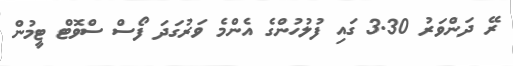
ރޭ ދަންވަރު 3.30 ގައި ފުލުހުންގެ އެންމެ ވަރުގަދަ ފޯސް ސްވޮޓް ޓީމުން